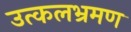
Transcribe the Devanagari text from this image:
उत्कलभ्रमण